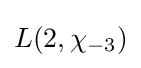
L(2,\chi _{-3})